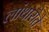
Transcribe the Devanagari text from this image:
लांथारोते